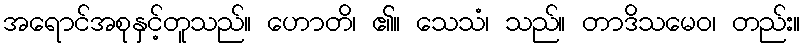
အရောင်အစုနှင့်တူသည်။ ဟောတိ၊ ၏။ သေသံ၊ သည်။ တာဒိသမေဝ၊ တည်း။